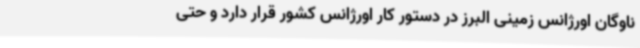
ناوگان اورژانس زمینی البرز در دستور کار اورژانس کشور قرار دارد و حتی